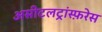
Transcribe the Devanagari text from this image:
असीटलट्रांस्फ़रेस